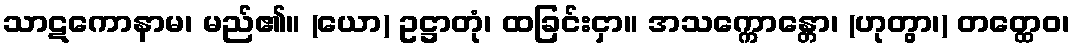
သာဋကောနာမ၊ မည်၏။ (ယော) ဥဋ္ဌာတုံ၊ ထခြင်းငှာ။ အသက္ကောန္တော၊ (ဟုတွာ၊) တတ္ထေဝ၊